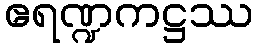
ဧရဏ္ဍကဋ္ဌဿ